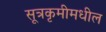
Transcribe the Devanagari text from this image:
सूत्रकृमीमधील